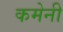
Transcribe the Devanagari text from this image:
कमेनी